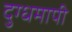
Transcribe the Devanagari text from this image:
दुग्धमापी